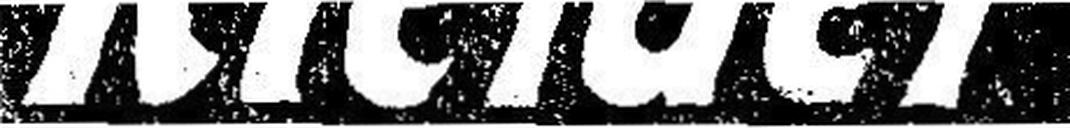
Kleider